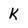
Character: K